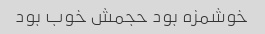
خوشمزه بود حجمش خوب بود